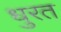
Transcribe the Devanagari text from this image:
धुरत